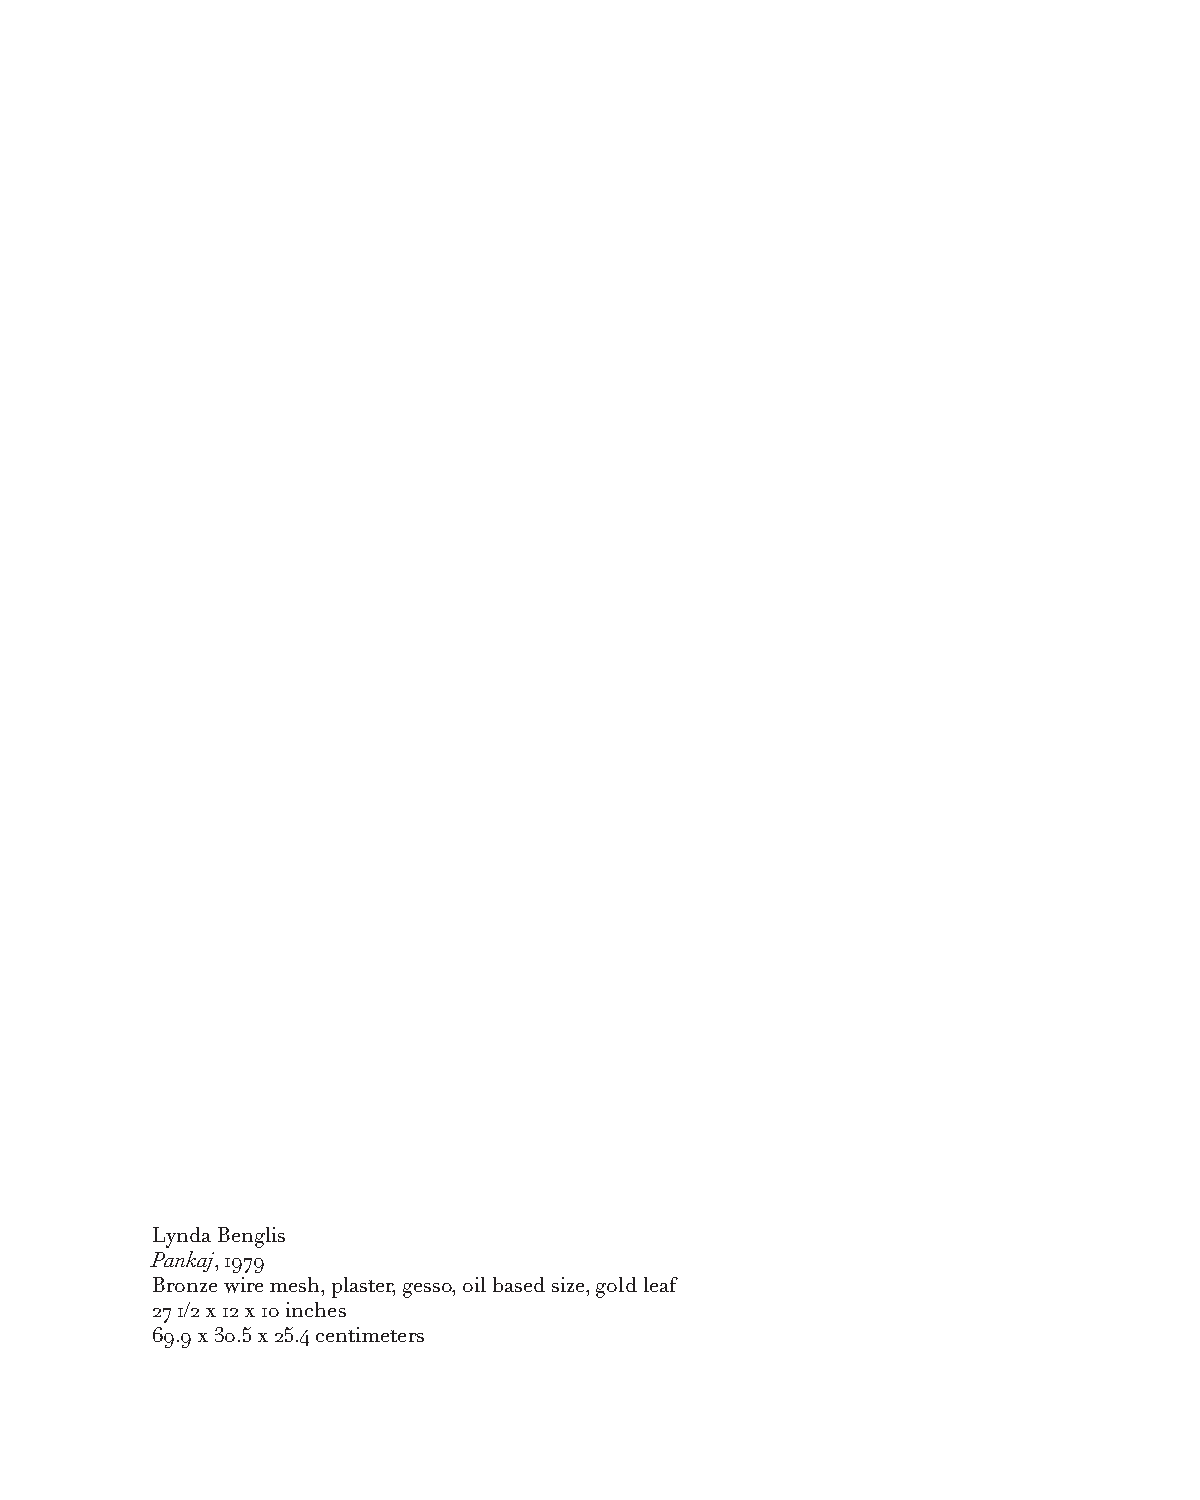
Lynda Benglis
 Pankaj, 1979
 Bronze wire mesh, plaster, gesso, oil based size, gold leaf
 27 1/2 x 12 x 10 inches
 69.9 x 30.5 x 25.4 centimeters